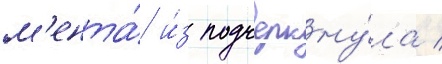
м'ента́ и́з подчеркну́ла /